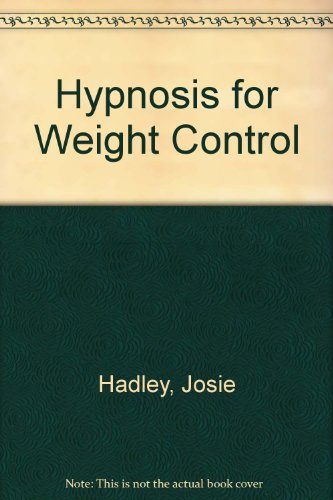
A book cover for Hypnosis for Weight Control; NHP; Health, Fitness & Dieting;